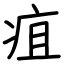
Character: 疽